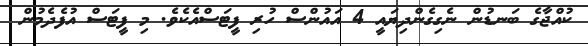
ކުއްޖާގެ ބަނޑުން ނެގިގެންދިޔައީ 4 އައުންސް ހުރި ފީޓަސްއެކެވެ. މި ފީޓަސް އުފެދެމުން